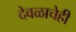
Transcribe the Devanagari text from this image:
देवळाचेही